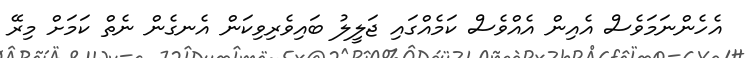
އެހެންނަމަވެސް އެއިން އެއްވެސް ކަމެއްގައި ޖަލީލު ބައިވެރިވިކަން އެނގެން ނެތް ކަމަށް މިރޭ